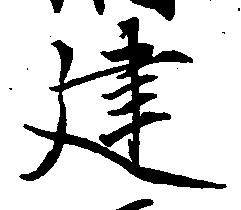
建